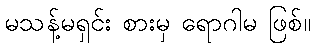
မသန့်မရှင်း စားမှ ရောဂါမ ဖြစ်။